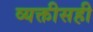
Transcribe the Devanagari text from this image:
व्यक्तीसही